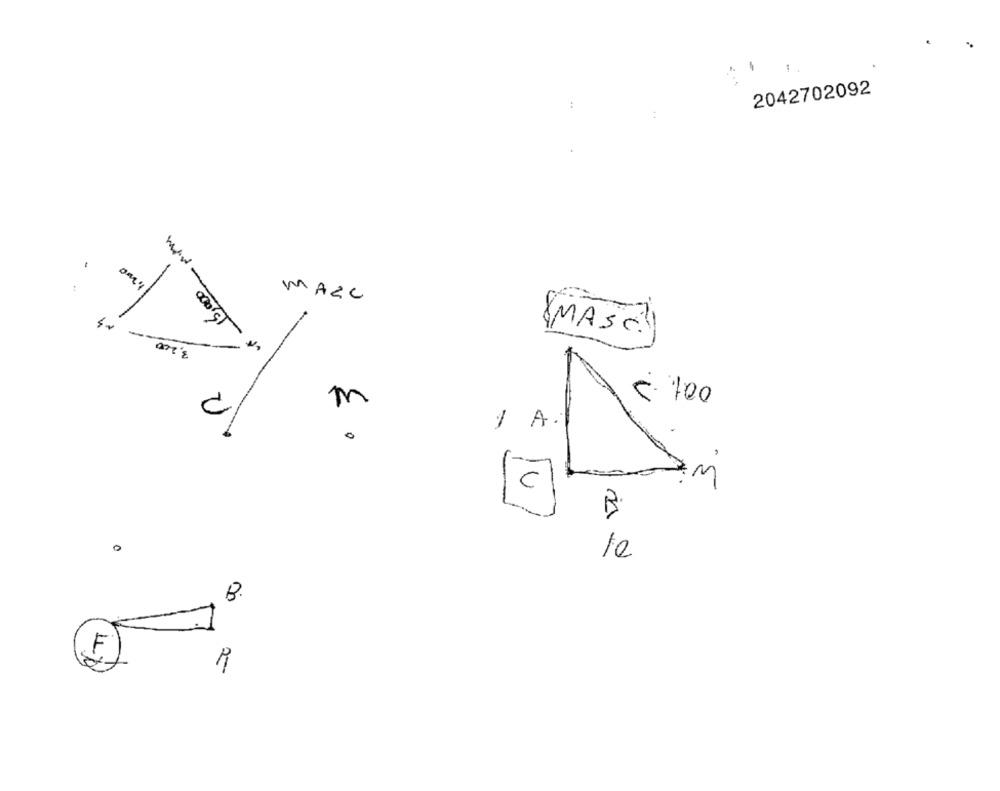
2042702092
:
:
:
MARC
3,200
MASC.
-
5. 100
m
71
A.
0
C
0
10
B.
4%